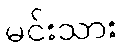
မင်းသား